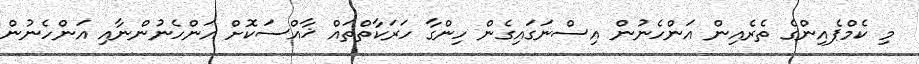
މި ކެމްޕެއިންގެ ތެރެއިން އަންހެނުން އިސްނަގައިގެން ހިންގާ ހަރަކާތްތައް ޚާއްސަކޮށް އަންހެނުންނާއި އަންހެނުން